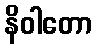
နိဝါတော